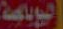
النوبارية